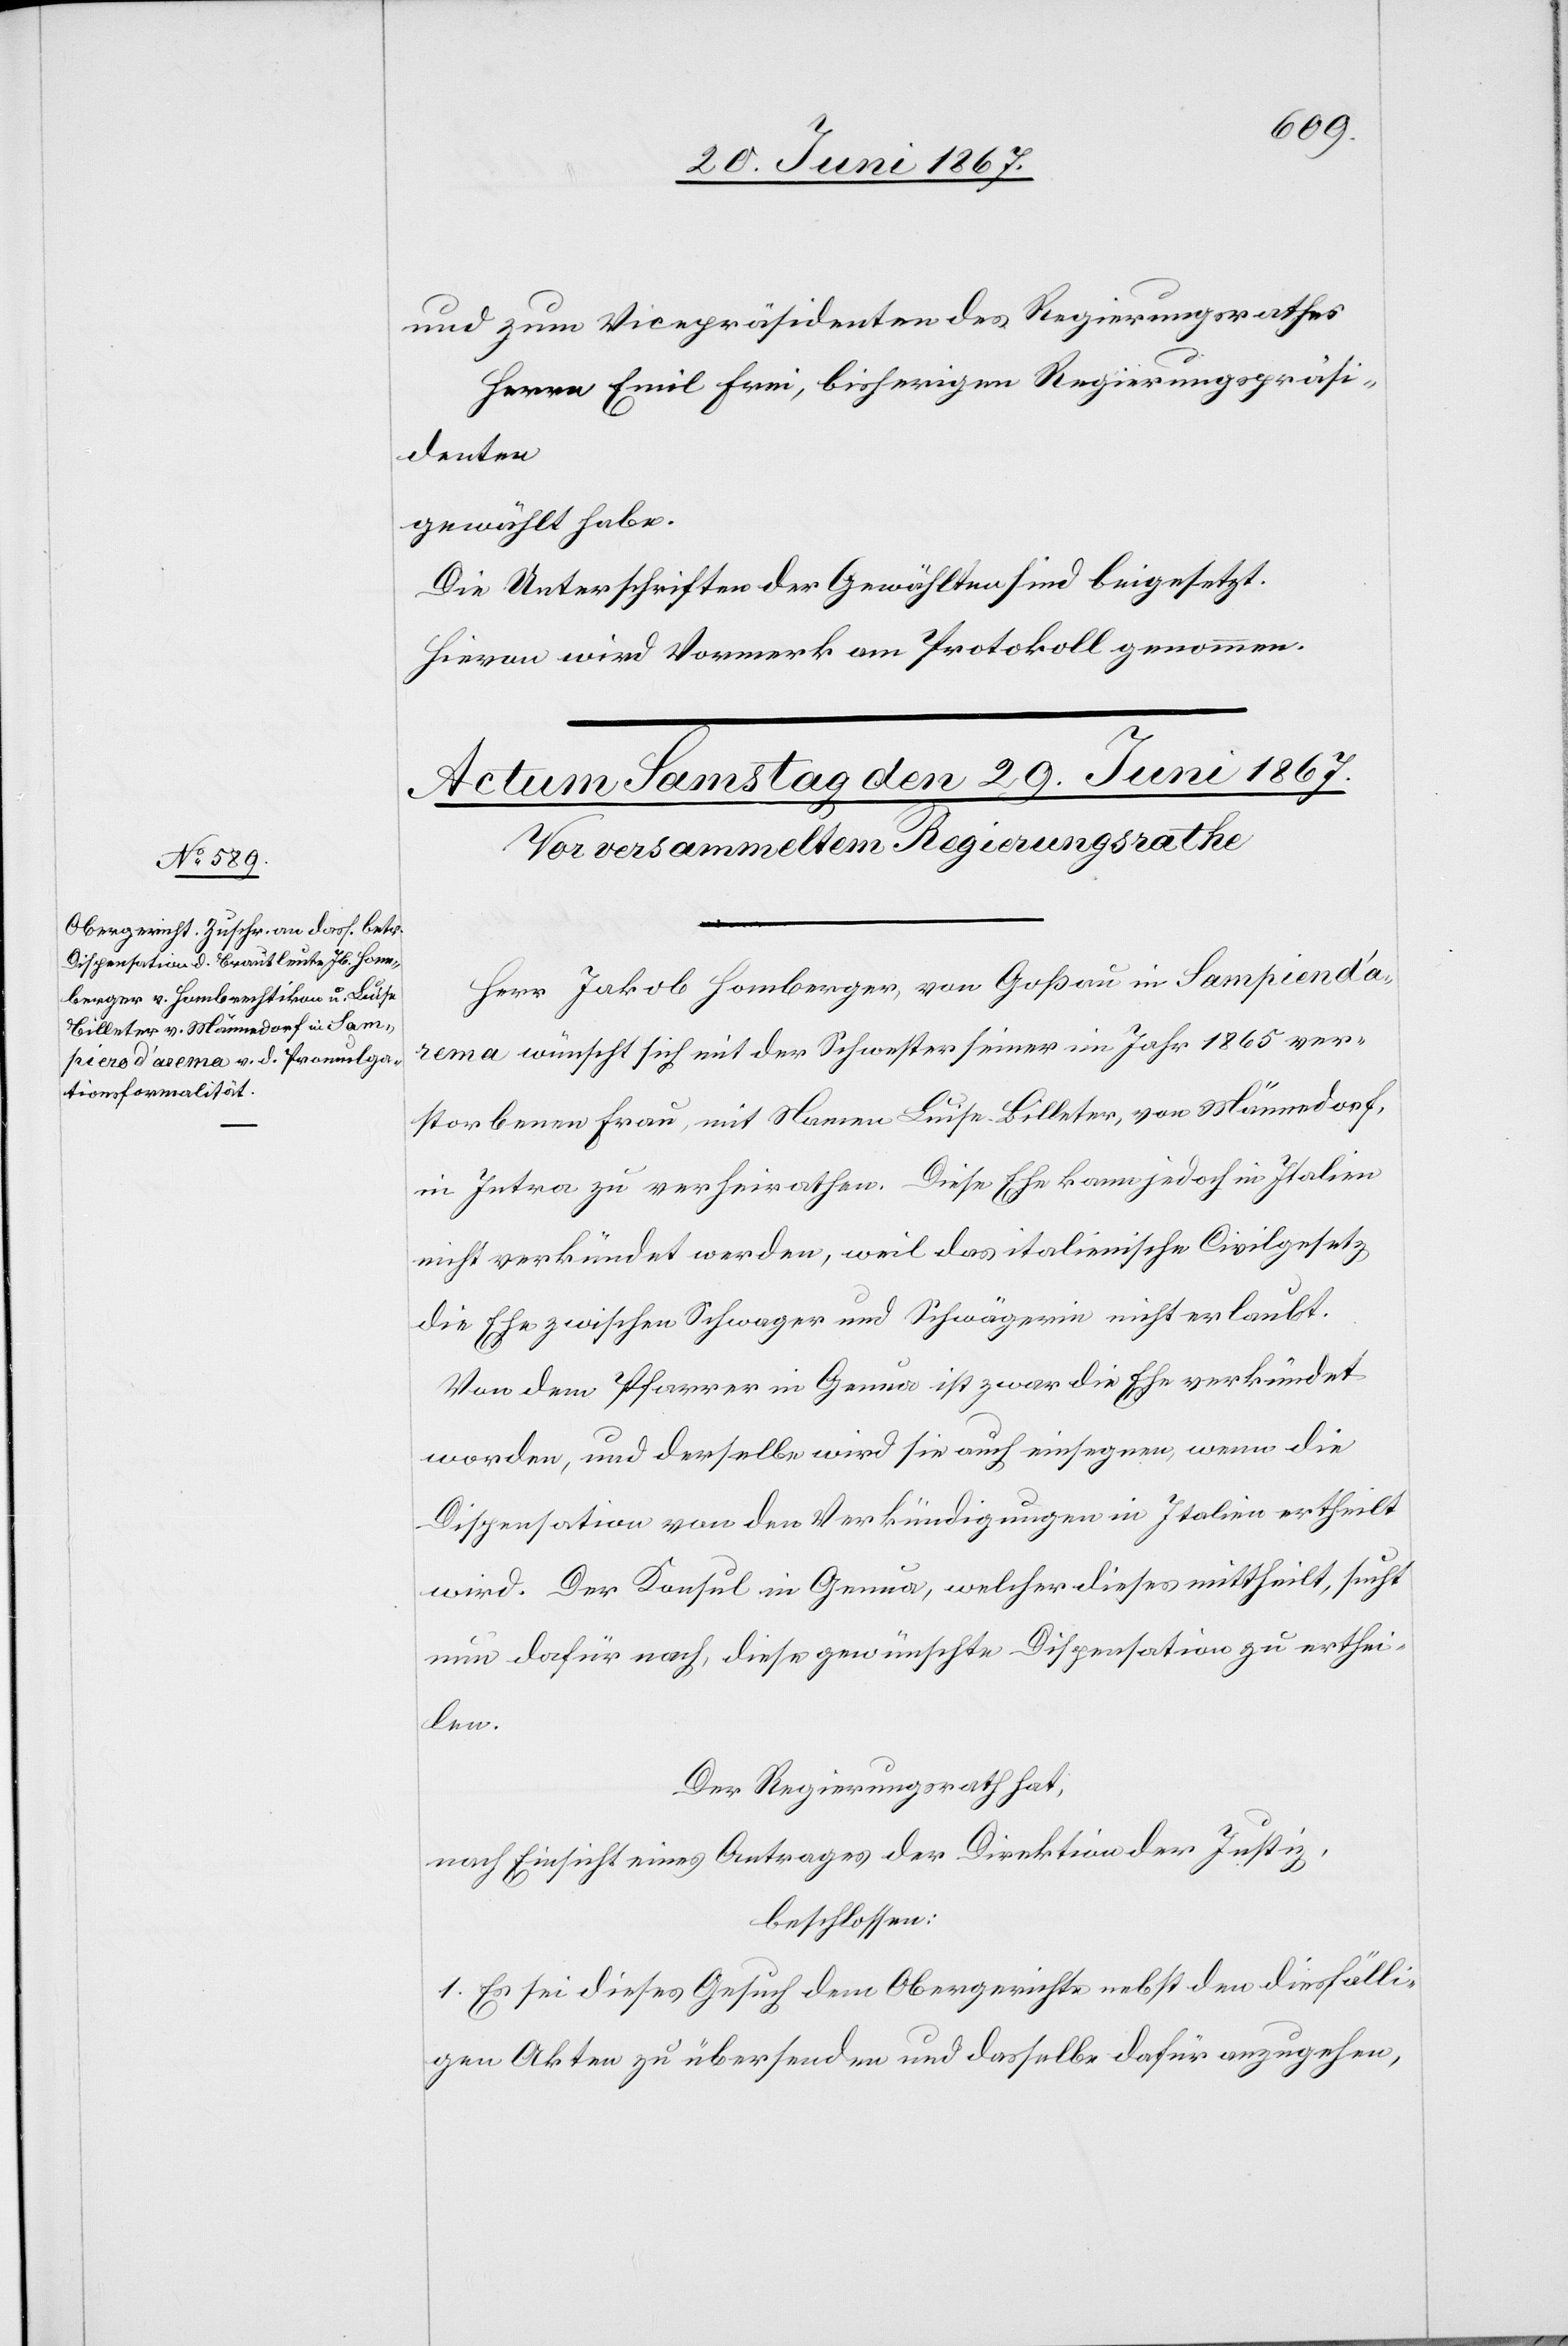
und zum Vicepräsidenten des Regierungsrathes
Herrn Emil Frei, bisherigen Regierungspräsi¬
denten
gewählt habe.
Die Unterschriften der Gewählten sind beigesetzt.
Hievon wird Vormerk am Protokoll genommen.
Herr Jakob Homberger, von Goßau in Sampiend’a¬
rema wünscht sich mit der Schwester seiner im Jahr 1865 ver¬
storbenen Frau, mit Namen Luisa Billeter, von Männedorf,
in Intra zu verheirathen. Diese Ehe kann jedoch in Italien
nicht verkündet werden, weil das italienische Civilgesetz
die Ehe zwischen Schwager und Schwägerin nicht erlaubt.
Von dem Pfarrer in Genua ist zwar die Ehe verkündet
worden, und derselbe wird sie auch einsegnen, wenn die
Dispensation von den Verkündigungen in Italien ertheilt
wird. Der Konsul in Genua, welcher dieses mittheilt, sucht
nun dafür nach, diese gewünschte Dispensation zu erthei¬
len.
Der Regierungsrath hat,
nach Einsicht eines Antrages der Direktion der Justiz,
beschlossen:
1. Es sei dieses Gesetz dem Obergerichte nebst den diesfälli¬
gen Akten zu übersenden und dasselbe dafür anzugehen,